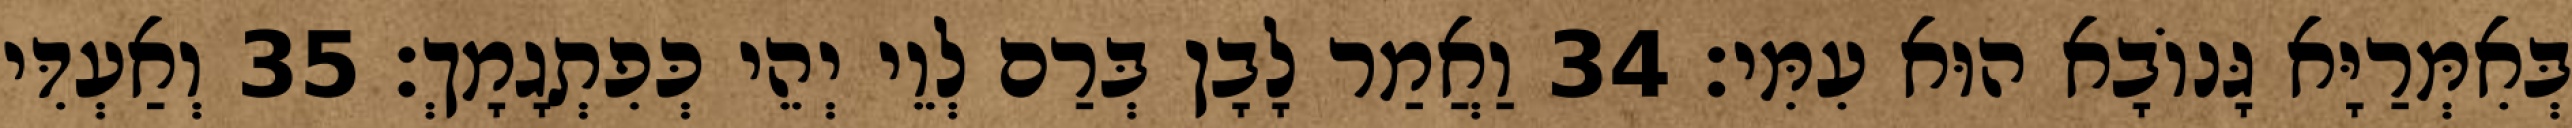
בְּאִמְּרַיָּא גָּנוֹבָא הוּא עִמִּי׃ 34 וַאֲמַר לָבָן בְּרַם לְוֵי יְהֵי כְּפִתְגָמָךְ׃ 35 וְאַעְדִּי